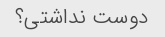
دوست نداشتی؟